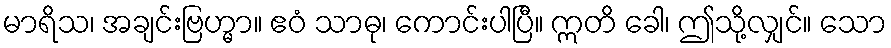
မာရိသ၊ အချင်းဗြဟ္မာ။ ဧဝံ သာဓု၊ ကောင်းပါပြီ။ ဣတိ ခေါ၊ ဤသို့လျှင်။ သော